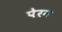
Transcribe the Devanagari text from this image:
पेरन